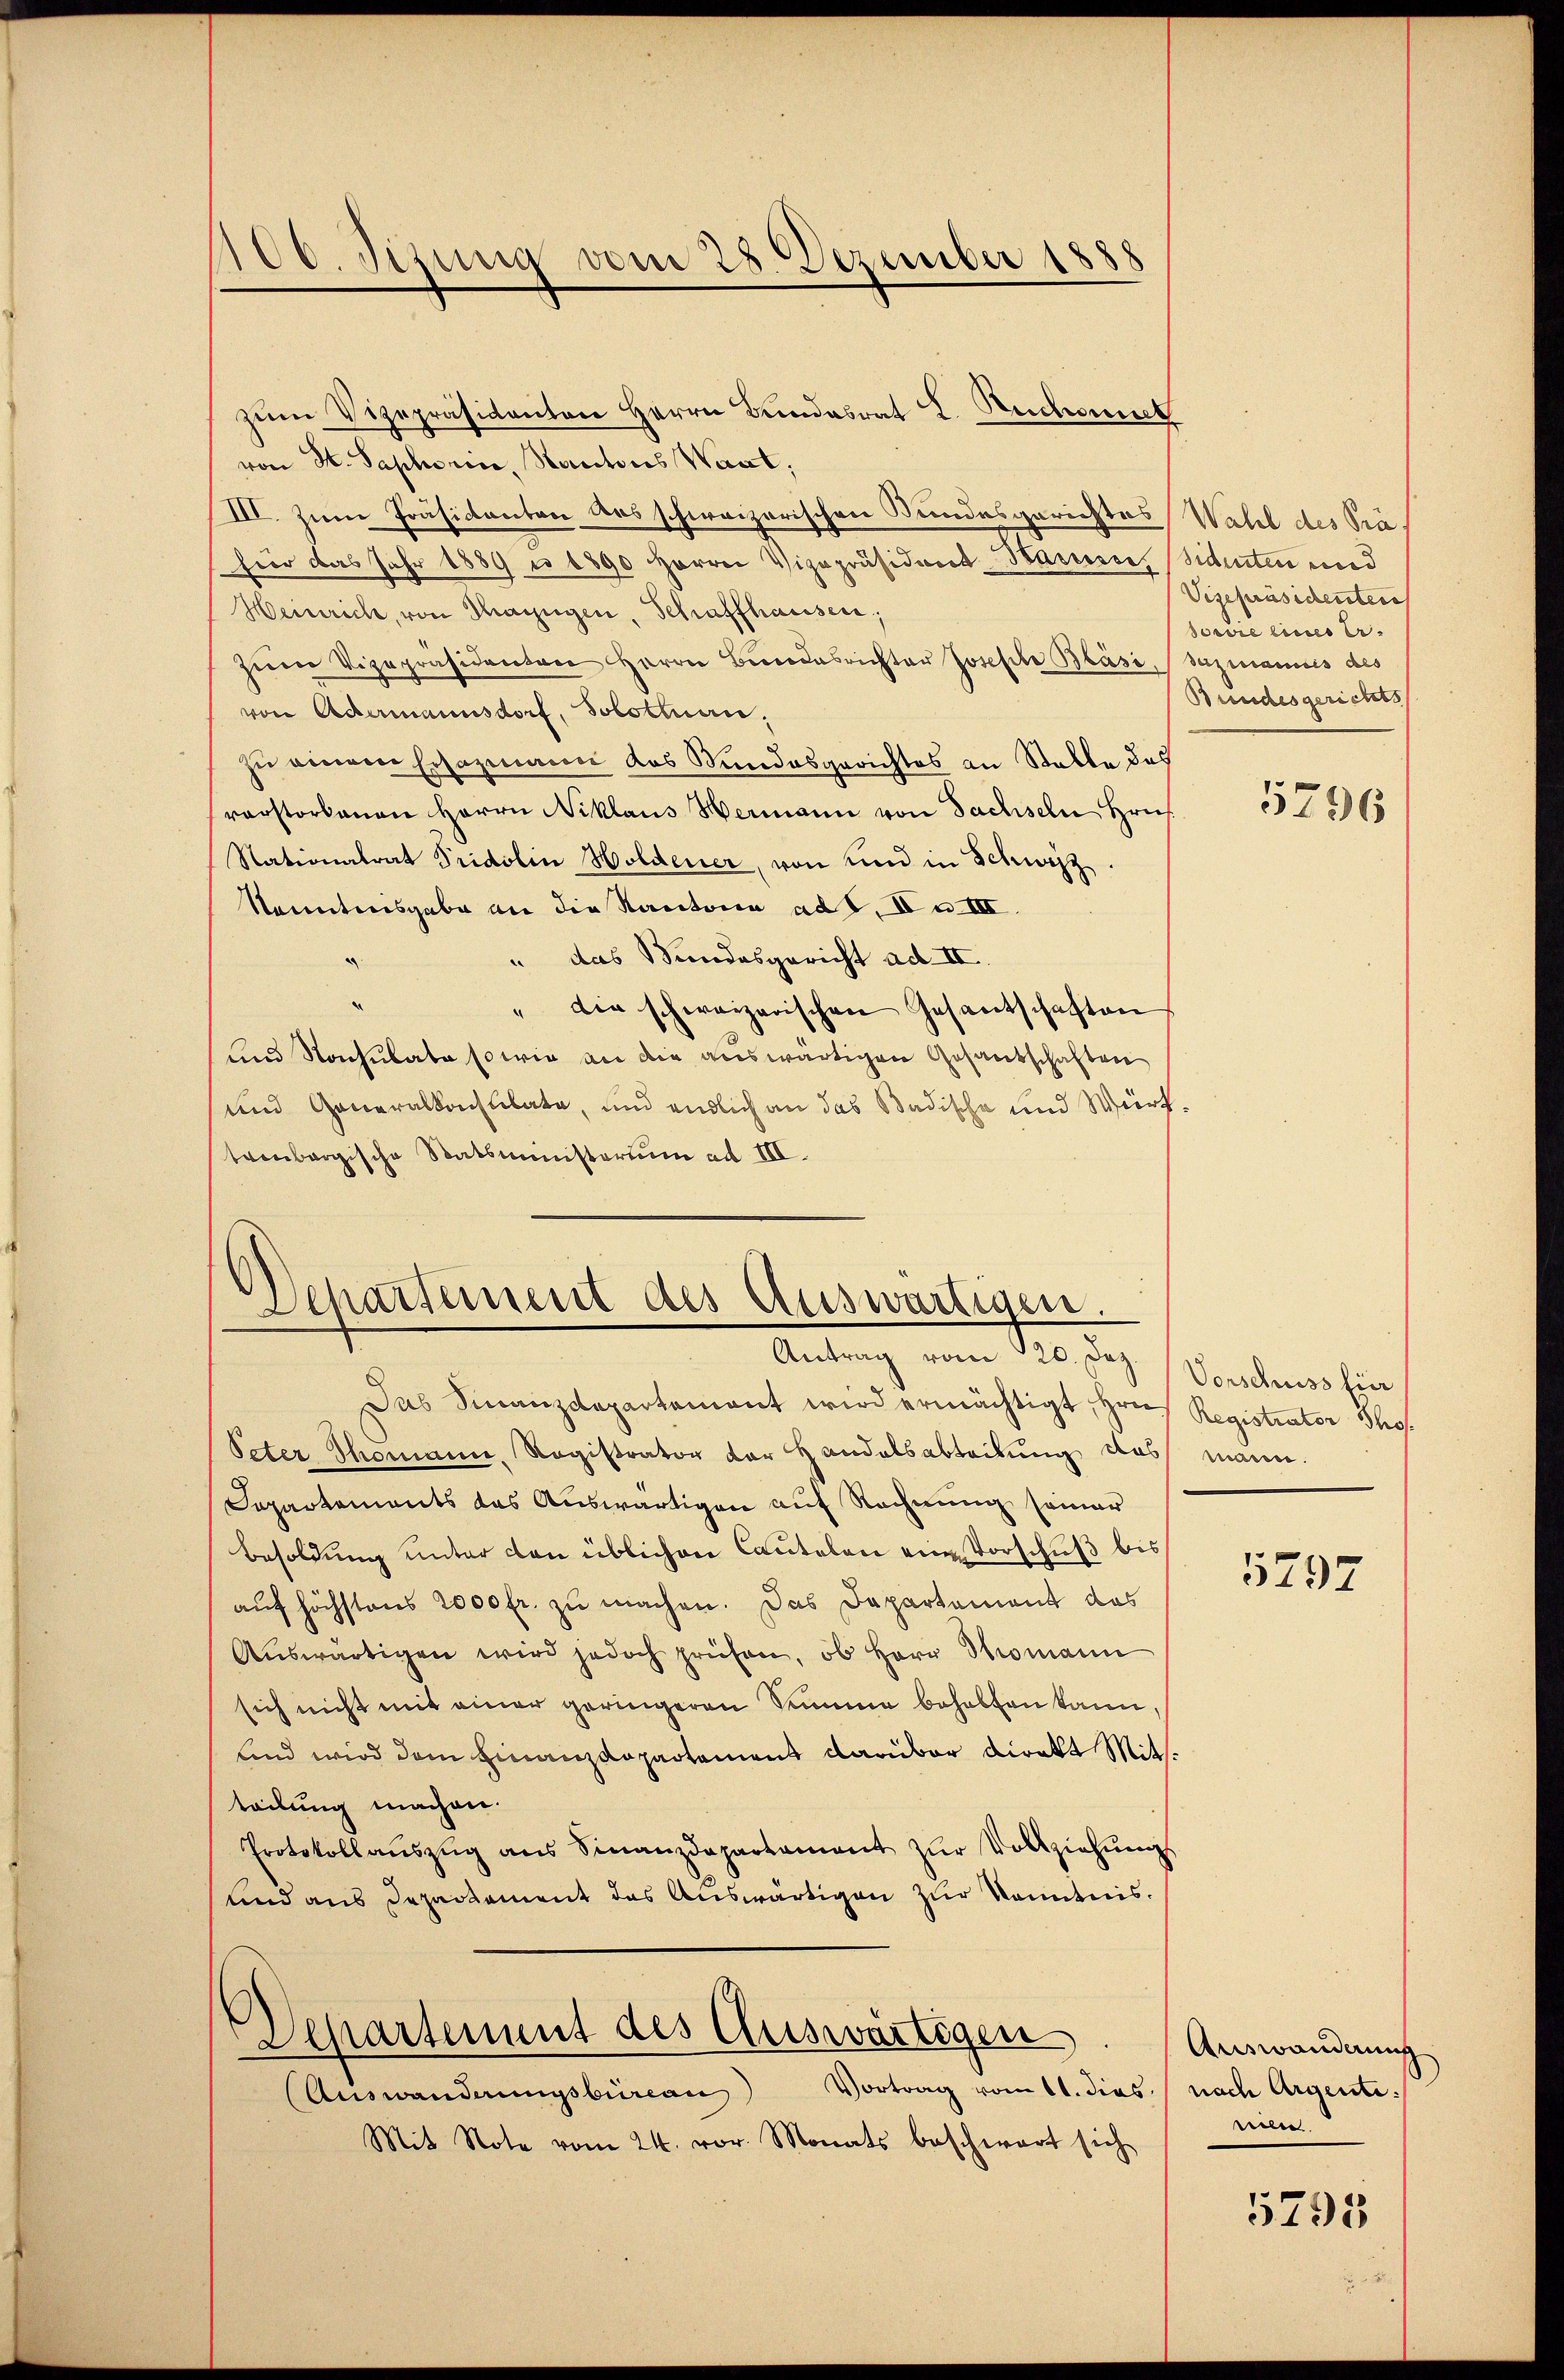
100. Jezung vom 28. Dezember 1888

zŭm Vizepräsidenten Herrn Bundesrat L. Buchmuck
von St. Saphorn, Kantons Want:
III. Zum Präsidenten des schweizerischen Bundesgerichtes Wahl des Präfür das Jahr 1889 u 1890 herren Vizepräsident-Basessor, identen und
Heinrich, von Thazügen, Schaffhausen;
zŭm Vizepräsidenten Herrn Beendesrichter Josefte Bläsi, Pazmannis des
von Adermannsdorf, Solottuan.
zu einem Ersazmann das Bundesgerichtes an Stalle des
rerstorbenen Herrn Niklaus Hermann von Sachseln Hrn.
Nationalrat Tridolin Holdener, von und in Schweiz
kanntensgabe an die Kantone ad S. I u. III.
" das Bundesgericht ad II.
" die schweizerischen Gesantschaften
und Nachlate so wie an die auswärtigen Gesandschaften
und Generalkonsulate, und endlich an das Badische und Würftronbergische Statsministerium ad III.

Departement des Auswärtigen.
Antrag vom 120. Dez. / Vorschuss hier

Das Finanzdepartamant wird ermächtigt, Hrn. Registrator Tho¬
Peter Thomann, Ragistrator der Handelsabteilung das mann.
Separtements das Auswärtigen auf Rechnung seiner
Besoldung unter den üblichen Cautelen eine Vorschuß bis
auf höchstens 2000 fr. zu machen. Das Departement das
Aŭswärtigen wird jedoch prüfen, ob Herr Thomann
sich nicht mit einer geringeren Summe behalten kann,
Und wird dem Finanzdepartament darüber direkt Mitteilung machen.
Protokollaŭszŭg ans Finanzdepartament zŭr Vollziehŭngs
und aus Departement das Auswärtigen zur Kenntnis.

Departement des Auswärtigen

Auswanderungsbüreau Vortrag vom 11. dies nach Argenti
Mit Note vom 24. vor. Monats beschwart sich

Vizepräsidenten
soević eines Er¬
Bundesgerichts

5796

5797

Auswanderung
rien

5795